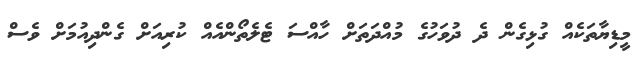
މީޑިޔާތަކެއް ގުޅިގެން ދެ ދުވަހުގެ މުއްދަތަށް ހާއްސަ ޓެލެތޯންއެެއް ކުރިއަށް ގެންދިއުމަށް ވެސް